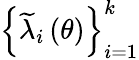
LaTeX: \left\{ {\widetilde\lambda}_{i}\left(\theta\right)\right\} _{i=1}^{k}